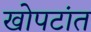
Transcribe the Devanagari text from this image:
खोपटांत